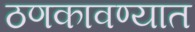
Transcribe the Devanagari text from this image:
ठणकावण्यात